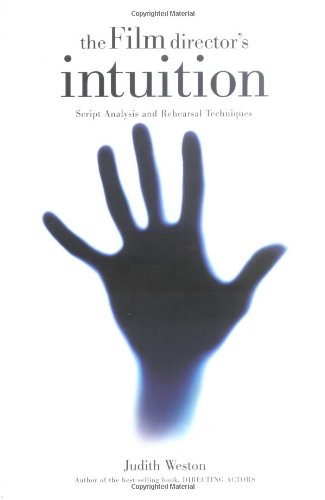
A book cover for The Film Director's Intuition: Script Analysis and Rehearsal Techniques; Judith Weston; Humor & Entertainment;